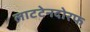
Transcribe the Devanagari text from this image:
लाटटेनदोरफ